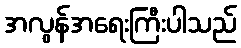
အလွန်အရေးကြီးပါသည်